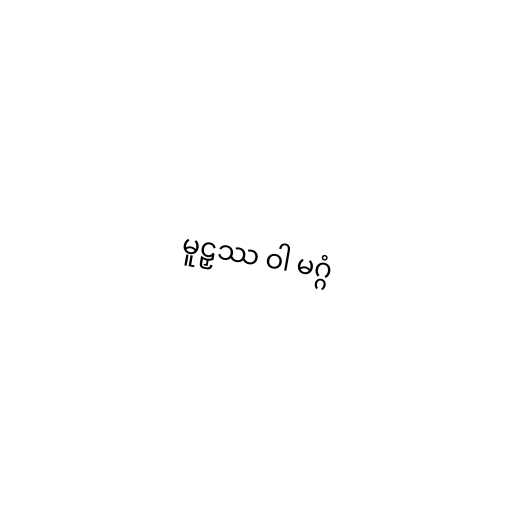
မူဠှဿ ဝါ မဂ္ဂံ